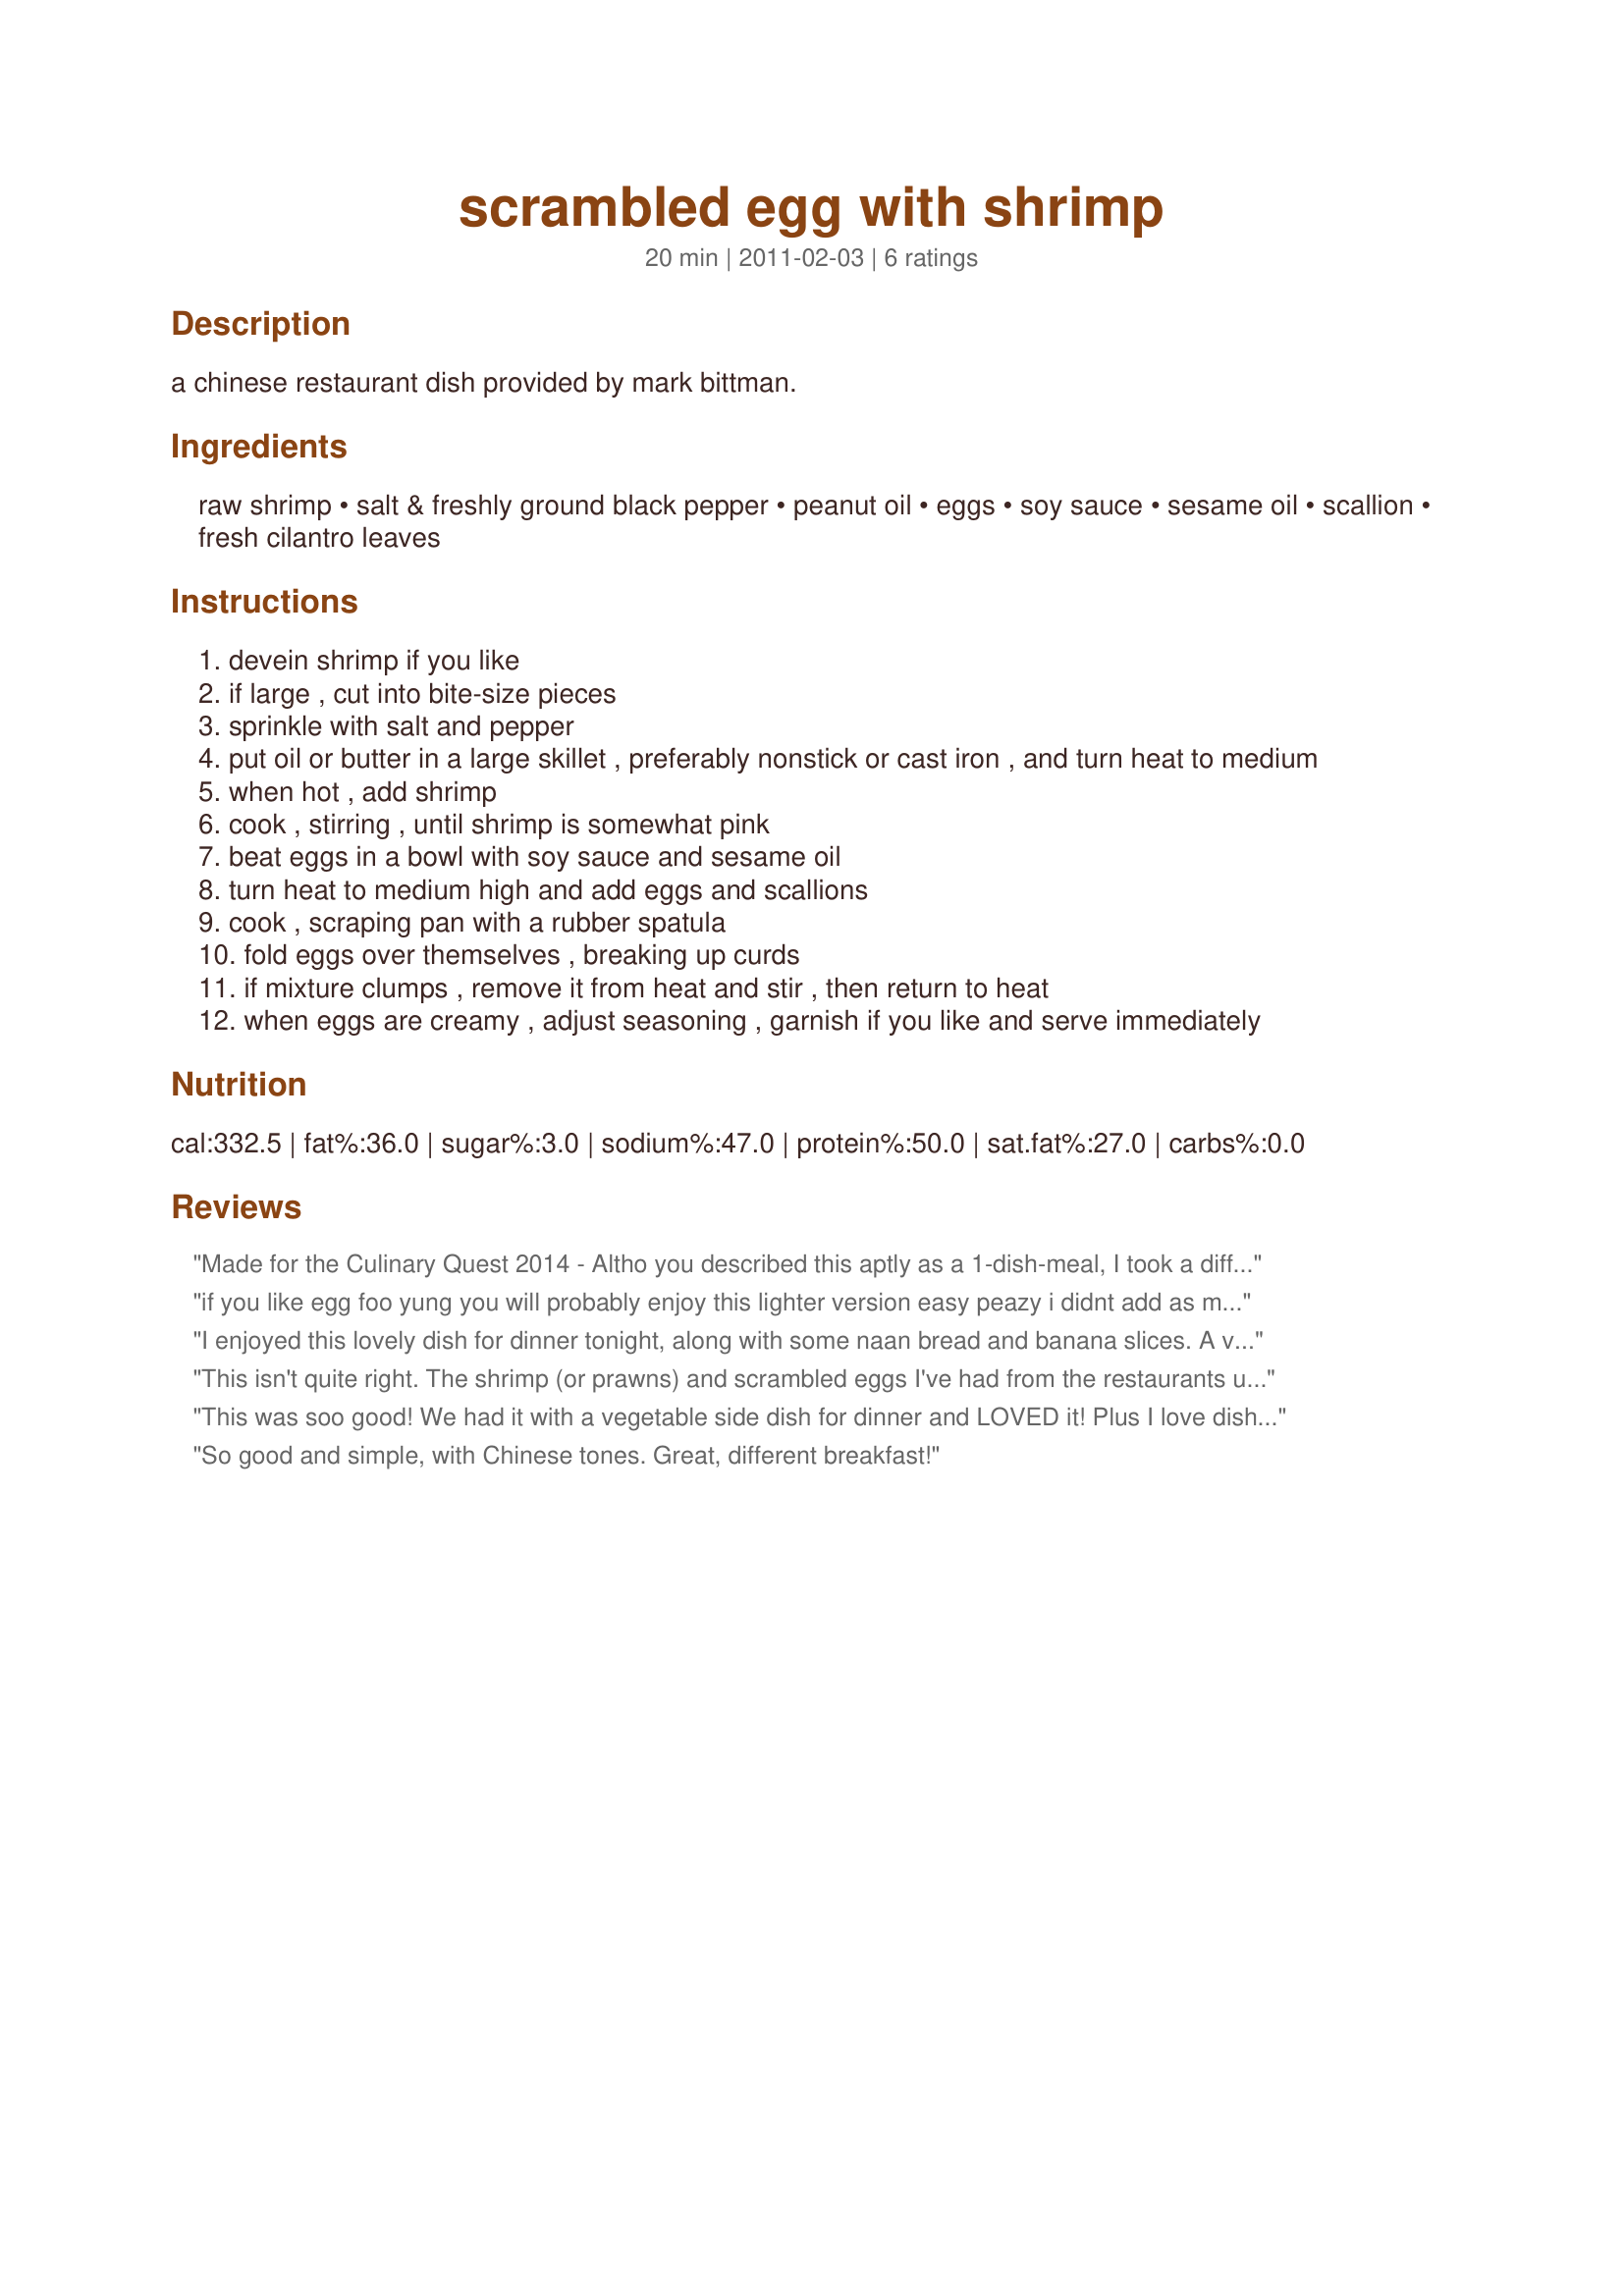
scrambled egg with shrimp
Preparation time: 20 minutes

a chinese restaurant dish provided by mark bittman.

Ingredients:
raw shrimp, salt & freshly ground black pepper, peanut oil, eggs, soy sauce, sesame oil, scallion, fresh cilantro leaves

Steps:
devein shrimp if you like
if large , cut into bite-size pieces
sprinkle with salt and pepper
put oil or butter in a large skillet , preferably nonstick or cast iron , and turn heat to medium
when hot , add shrimp
cook , stirring , until shrimp is somewhat pink
beat eggs in a bowl with soy sauce and sesame oil
turn heat to medium high and add eggs and scallions
cook , scraping pan with a rubber spatula
fold eggs over themselves , breaking up curds
if mixture clumps , remove it from heat and stir , then return to heat
when eggs are creamy , adjust seasoning , garnish if you like and serve immediately

Reviews:
Made for the Culinary Quest 2014 - Altho you described this aptly as a 1-dish-meal, I took a different view as I awoke today. I scaled this easy-fix recipe down to 1 serving &amp; enjoyed it for breakfast w/my juice &amp; coffee. I used Icelandic baby shrimp vs a larger size. Man, it was so good &amp; I felt so decadent starting my day w/your recipe. Having had my guilty pleasure alone, I expect I will share it w/Siggi &amp; his brother for our weekly Sat brunch after their walk. Boy will they be impressed! Thx for sharing this recipe w/us. :-)
if you like egg foo yung you will probably enjoy this lighter version easy peazy i didnt add as much sesame oil a little goes a loooong way cakepops on parade chinese leg of tour
I enjoyed this lovely dish for dinner tonight, along with some naan bread and banana slices. A very tasty and satisfying meal indeed. The flavored scrambled eggs were incredible. Love the subtleness of the sesame oil and the soya sauce, they add a nice layer of flavor to the dish. The shrimp were perfect, flavorful, tender and juicy and paired beautifully with the eggs. Thank you for sharing this recipe which I will enjoy often. Made for Culinary Quest 2014 - China - Suitcase Gourmets.
This isn't quite right. The shrimp (or prawns) and scrambled eggs I've had from the restaurants use a little chicken broth, oyster sauce and some other things. It changes the flavor of the eggs slightly, enough to make it worth ordering out rather than making it at home ala omelets.
This was soo good! We had it with a vegetable side dish for dinner and LOVED it! Plus I love dishes that are quickly made - so this one is perfect. Thanks for sharing!&lt;br/&gt;Made for CQ 2014
So good and simple, with Chinese tones. Great, different breakfast!
